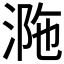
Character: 𣵺